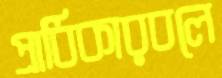
প্রাধিকারবলে